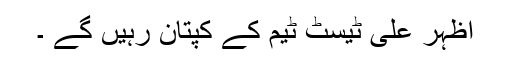
اظہر علی ٹیسٹ ٹیم کے کپتان رہیں گے ۔